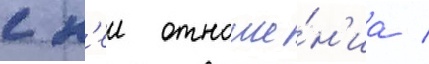
с н'еи отноше́н'иа /